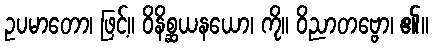
ဥပမာတော၊ ဖြင့်။ ဝိနိစ္ဆယနယော၊ ကို။ ဝိညာတဗ္ဗော၊ ၏။